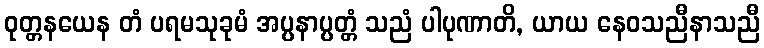
ဝုတ္တနယေန တံ ပရမသုခုမံ အပ္ပနာပ္ပတ္တံ သညံ ပါပုဏာတိ, ယာယ နေဝသညီနာသညီ